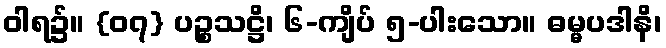
ဝါရ၌။ {၀၇} ပဉ္စသဋ္ဌိ၊ ၆-ကျိပ် ၅-ပါးသော။ ဓမ္မပဒါနိ၊